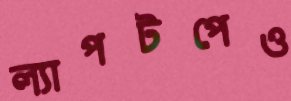
ল্যাপটপেও